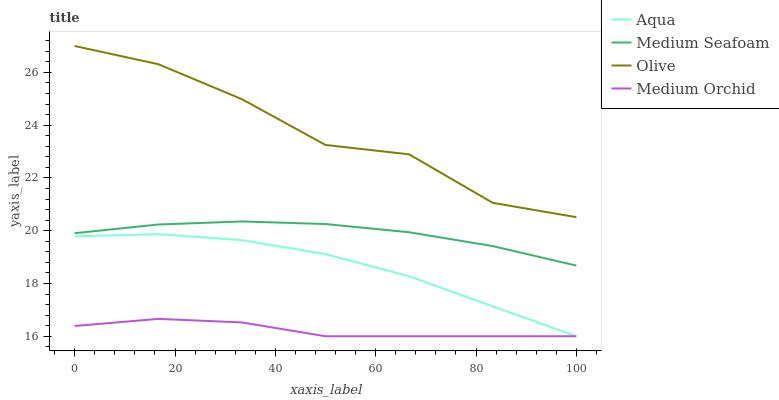
| xaxis_label | Aqua | Medium Seafoam | Olive | Medium Orchid |
 | --- | --- | --- | --- | --- |
 | 0 | 19.8 | 19.9 | 27 | 16.4 |
 | 16.7 | 19.9 | 20.2 | 26.3 | 16.7 |
 | 33.3 | 19.6 | 20.4 | 25 | 16.5 |
 | 50 | 19.1 | 20.3 | 23.3 | 16 |
 | 66.7 | 18.3 | 19.9 | 22.9 | 16 |
 | 83.3 | 17.1 | 19.4 | 21.1 | 16 |
 | 100 | 16 | 18.7 | 20.5 | 16 |